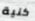
كنية